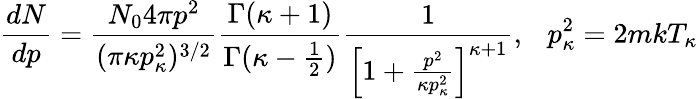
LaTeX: \frac{dN}{dp}=\frac{N_{0}4\pi p^{2}}{(\pi\kappa p_{\kappa}^{2})^{3/2}}\frac{\Gamma(\kappa+1)}{\Gamma(\kappa-\frac{1}{2})}\frac{1}{\Big[1+\frac{p^{2}}{\kappa p_{\kappa}^{2}}\Big]^{\kappa+1}},\ \ \ p_{\kappa}^{2}=2mkT_{\kappa}